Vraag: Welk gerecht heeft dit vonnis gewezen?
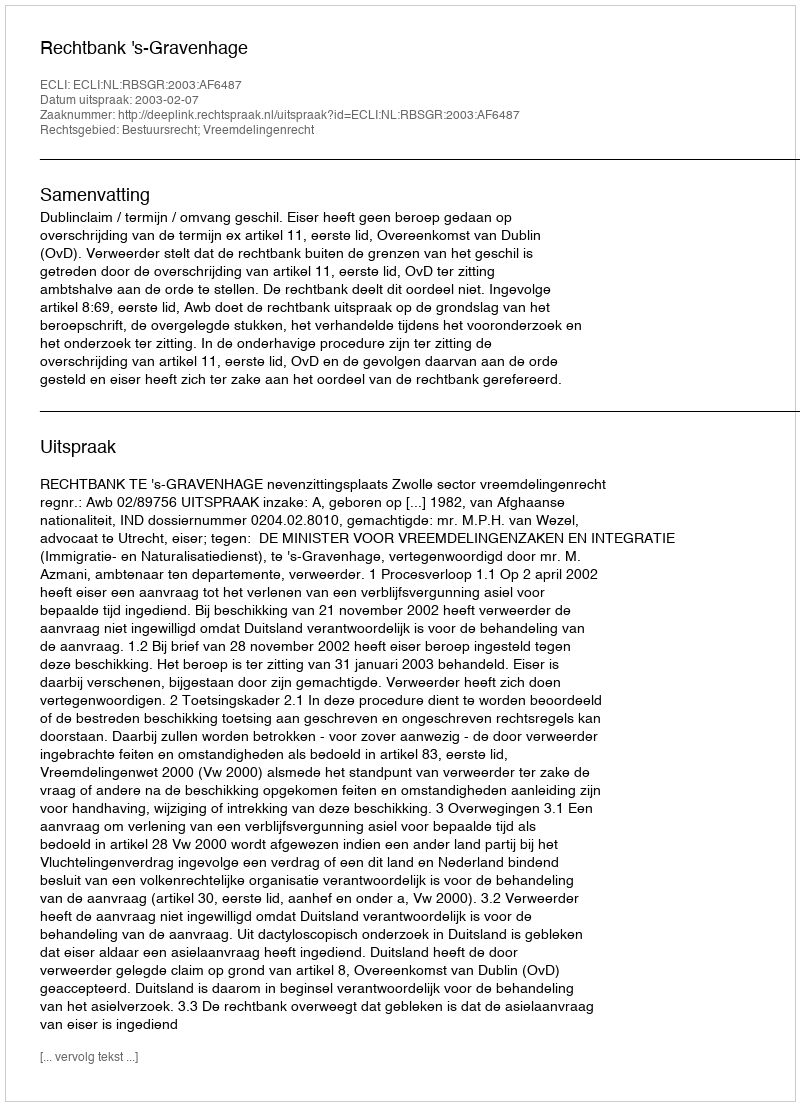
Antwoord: Rechtbank 's-Gravenhage